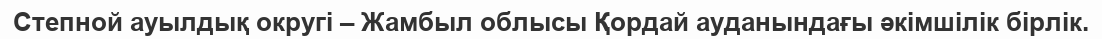
Степной ауылдық округі – Жамбыл облысы Қордай ауданындағы әкімшілік бірлік.